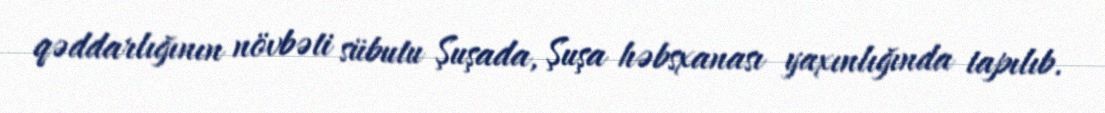
qəddarlığının növbəti sübutu Şuşada, Şuşa həbsxanası yaxınlığında tapılıb.